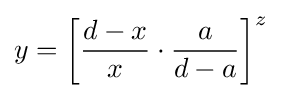
y=\left[{\frac {d-x}{x}}\cdot {\frac {a}{d-a}}\right]^{z}